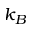
k _ { B }